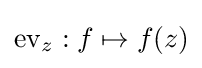
\operatorname {ev} _{z}:f\mapsto f(z)